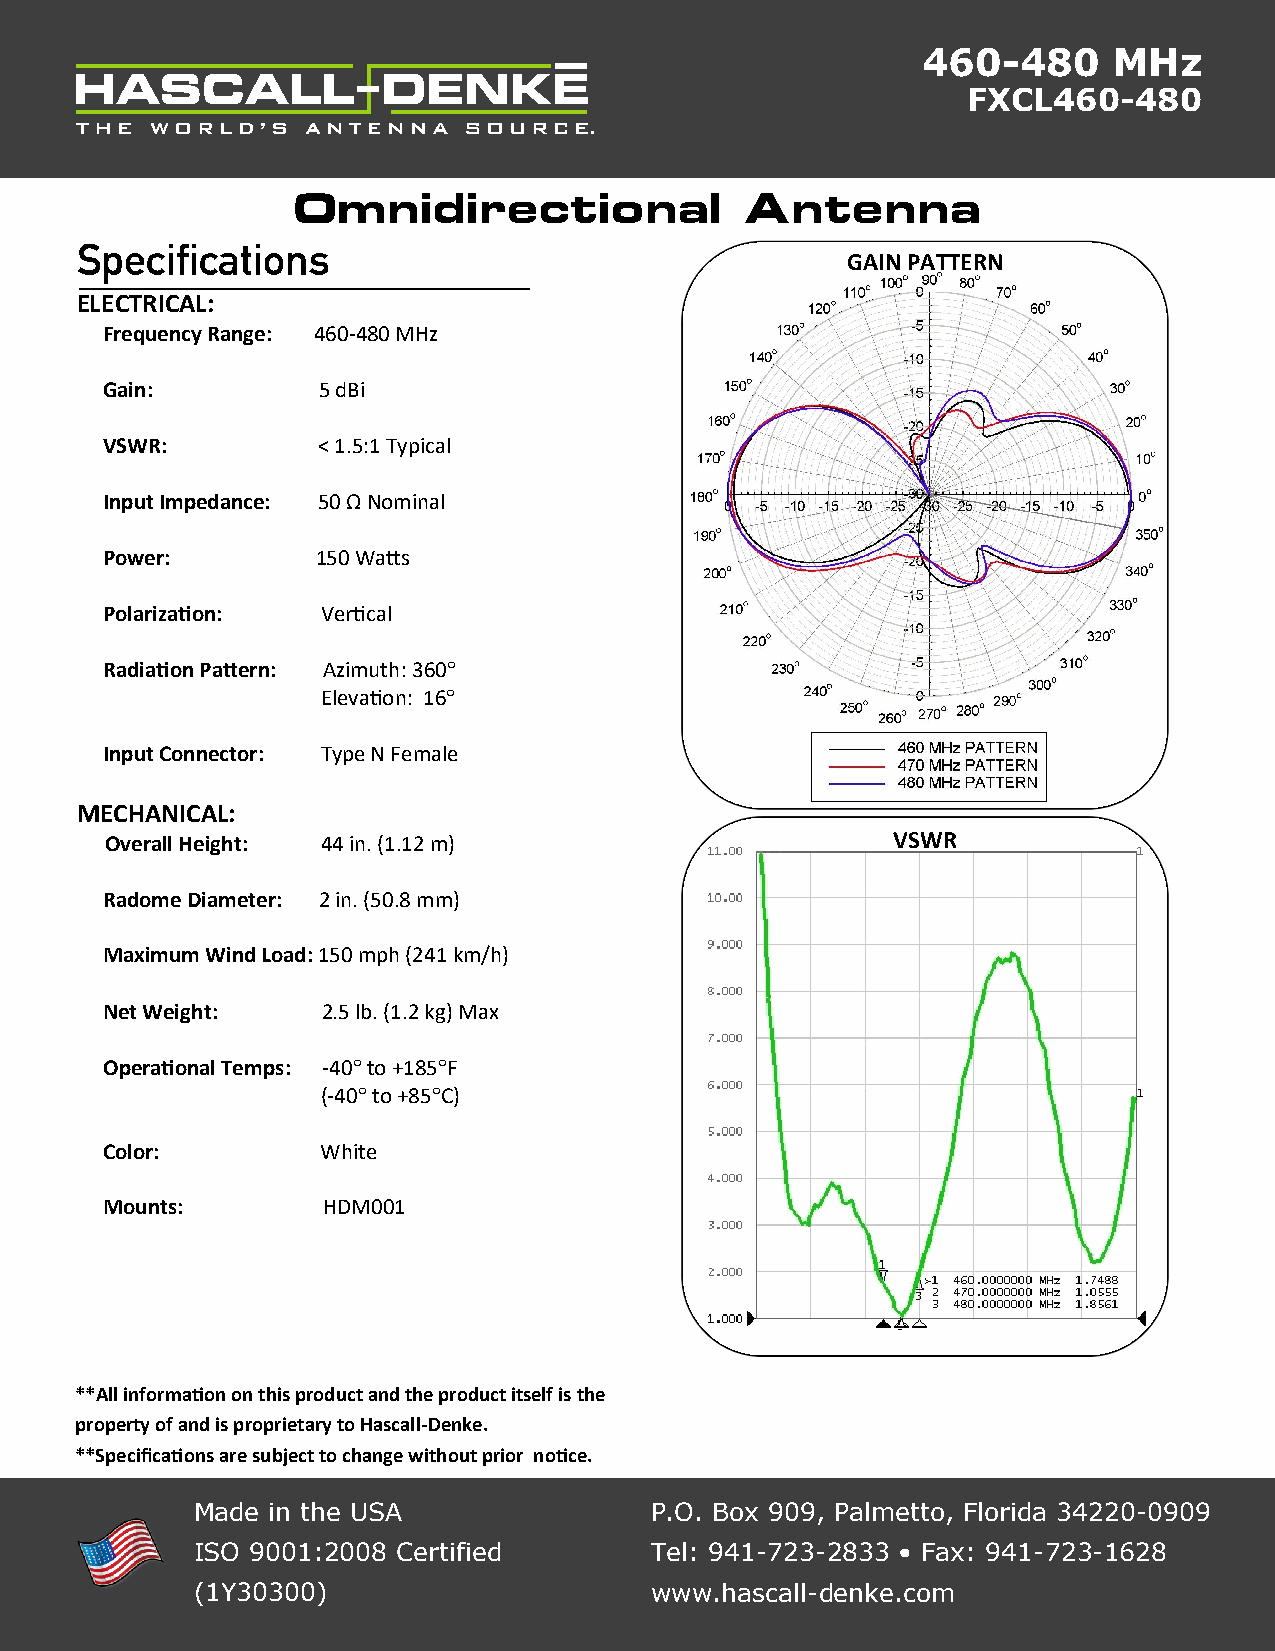
460-480      MHz
 FXCL460-480
 Omnidirectional               Antenna
 Specifications
 GAIN PATTERN
 ELECTRICAL:
 Frequency Range: 460-480 MHz
 Gain:         5 dBi
 VSWR:         < 1.5:1 Typical
 Input Impedance: 50 Ω Nominal
 Power:        150 Watts
 Polarization: Vertical
 Radiation Pattern: Azimuth: 360°
 Elevation: 16°
 Input Connector: Type N Female
 MECHANICAL:
 Overall Height: 44 in. (1.12 m)                     VSWR
 Radome Diameter: 2 in. (50.8 mm)
 Maximum Wind Load: 150 mph (241 km/h)
 Net Weight:   2.5 lb. (1.2 kg) Max
 Operational Temps: -40° to +185°F
 (-40° to +85°C)
 Color:        White
 Mounts:       HDM001
 **All information on this product and the product itself is the
 property of and is proprietary to Hascall-Denke.
 **Specifications are subject to change without prior notice.
 Made in the USA               P.O. Box 909, Palmetto, Florida 34220-0909
 ISO 9001:2008 Certified       Tel: 941-723-2833 • Fax: 941-723-1628
 (1Y30300)                     www.hascall-denke.com